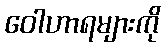
ဝေါဟာရများကို